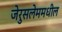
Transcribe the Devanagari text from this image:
जेरुसलेममधील